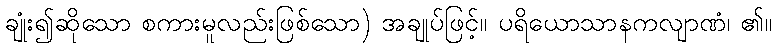
ချုံး၍ဆိုသော စကားမူလည်းဖြစ်သော) အချုပ်ဖြင့်။ ပရိယောသာနကလျာဏံ၊ ၏။